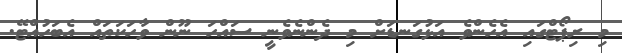
މި ރިޕޯޓްގައި އެހެންވެ އަޅުގަނޑަށް މި ދެންނެވެނީ ސައްހަ ނޫން ވާހަކަތައް އެބަހުއްޓޭ.